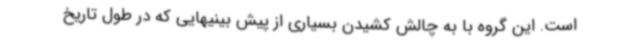
است. این گروه با به چالش کشیدن بسیاری از پیش بینیهایی که در طول تاریخ